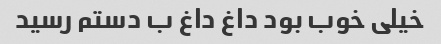
خیلی خوب بود داغ داغ ب دستم رسید